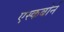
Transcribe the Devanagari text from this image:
एस्कबोर्न